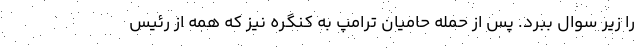
را زیر سوال ببرد. پس از حمله حامیان ترامپ به کنگره نیز که همه از رئیس